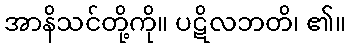
အာနိသင်တို့ကို။ ပဋိလဘတိ၊ ၏။